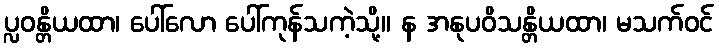
ပ္လဝန္တိယထာ၊ ပေါ်လော ပေါ်ကုန်သကဲ့သို့။ န အနုပဝိသန္တိယထာ၊ မသက်ဝင်